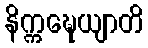
နိက္ကဍ္ဎေယျာတိ